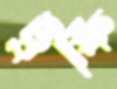
ট্রফি